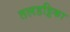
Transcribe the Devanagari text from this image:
तलहट्टिका